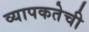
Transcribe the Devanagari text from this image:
व्यापकतेची